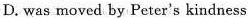
D. was moved by Peter's kindness